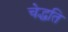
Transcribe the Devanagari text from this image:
चेद्धति